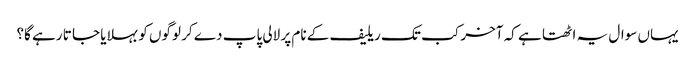
یہاں سوال یہ اٹھتا ہے کہ آخر کب تک ریلیف کے نام پر لالی پاپ دے کر لوگوں کو بہلایا جا تا رہے گا؟